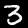
Label: 3